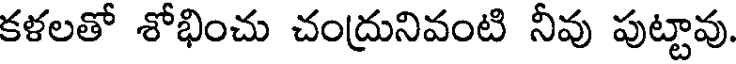
కళలతో శోభించు చంద్రునివంటి నీవు పుట్టావు.